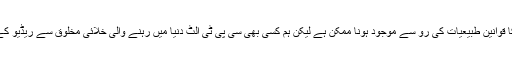
لہٰذا اگرچہ سی پی ٹی الٹ کائنات کا قوانین طبیعیات کی رو سے موجود ہونا ممکن ہے لیکن ہم کسی بھی سی پی ٹی الٹ دنیا میں رہنے والی خلائی مخلوق سے ریڈیو کے ذریعہ بات چیت نہیں کر سکتے۔